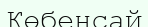
Көбенсай